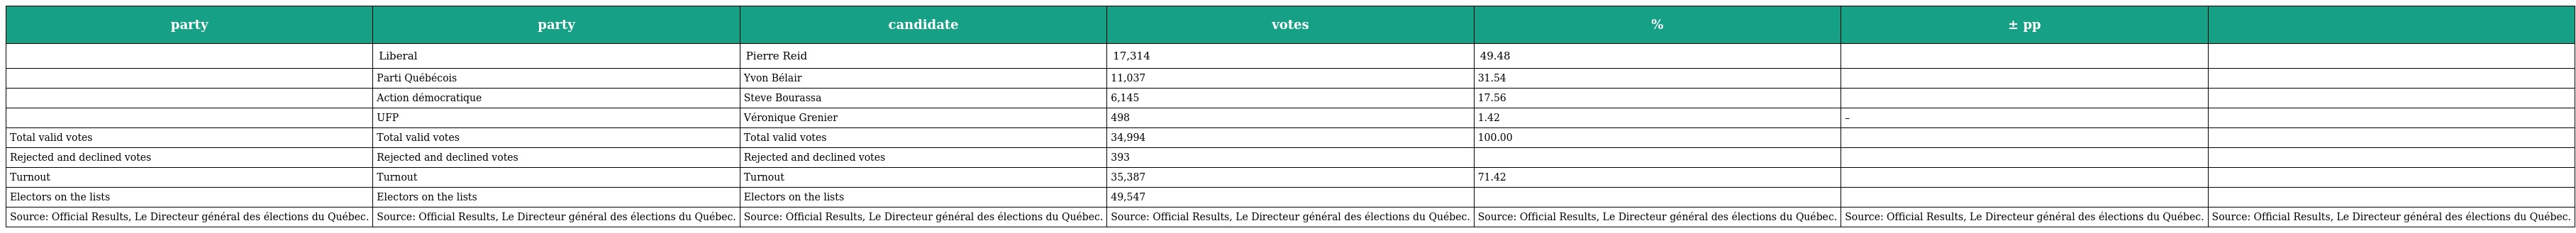
| party | party | candidate | votes | % | ± pp |  |
 | --- | --- | --- | --- | --- | --- | --- |
 |  | Liberal | Pierre Reid | 17,314 | 49.48 |  |  |
 |  | Parti Québécois | Yvon Bélair | 11,037 | 31.54 |  |  |
 |  | Action démocratique | Steve Bourassa | 6,145 | 17.56 |  |  |
 |  | UFP | Véronique Grenier | 498 | 1.42 | – |  |
 | Total valid votes | Total valid votes | Total valid votes | 34,994 | 100.00 |  |  |
 | Rejected and declined votes | Rejected and declined votes | Rejected and declined votes | 393 |  |  |  |
 | Turnout | Turnout | Turnout | 35,387 | 71.42 |  |  |
 | Electors on the lists | Electors on the lists | Electors on the lists | 49,547 |  |  |  |
 | Source: Official Results, Le Directeur général des élections du Québec. | Source: Official Results, Le Directeur général des élections du Québec. | Source: Official Results, Le Directeur général des élections du Québec. | Source: Official Results, Le Directeur général des élections du Québec. | Source: Official Results, Le Directeur général des élections du Québec. | Source: Official Results, Le Directeur général des élections du Québec. | Source: Official Results, Le Directeur général des élections du Québec. |